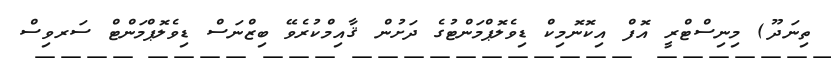
ތިނަދޫ) މިނިސްޓްރީ އޮފް އިކޮނޮމިކް ޑިވެލޮޕްމަންޓުގެ ދަށުން ޤާއިމްކުރެވޭ ބިޒްނަސް ޑިވެލޮޕްމަންޓް ސަރވިސް